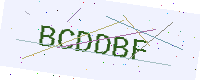
Text: BCDDBF